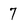
Character: 7